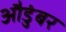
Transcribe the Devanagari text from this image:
औडुंबर